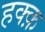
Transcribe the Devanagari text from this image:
हक्क़